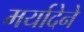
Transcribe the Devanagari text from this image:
मर्यादेने